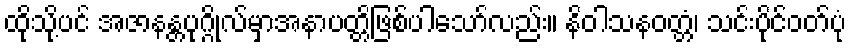
ထိုသို့ပင် အဇာနန္တပုဂ္ဂိုလ်မှာအနာပတ္တိဖြစ်ပါသော်လည်း။ နိဝါသနဝတ္တံ၊ သင်းပိုင်ဝတ်ပုံ